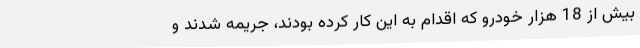
بیش از 18 هزار خودرو که اقدام به این کار کرده بودند، جریمه شدند و